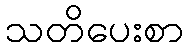
သတိပေးစာ